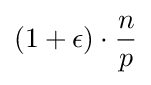
(1+\epsilon )\cdot {\dfrac {n}{p}}